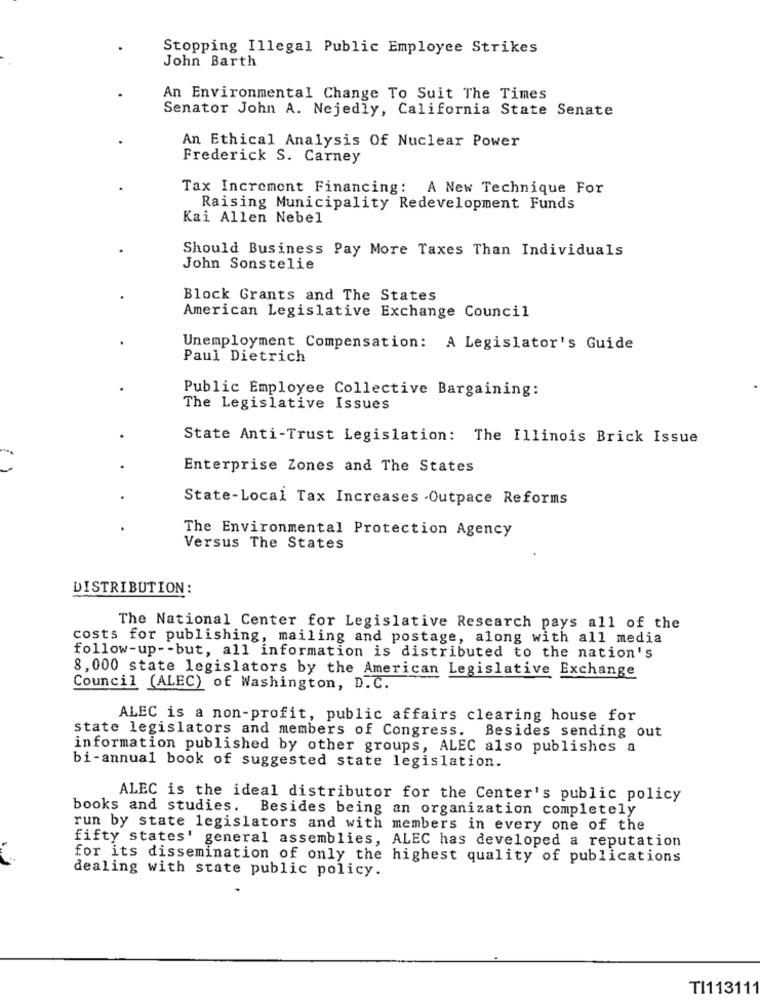
Stopping Illegal Public Employee Strikes
John Barth
An Environmental Change To Suit The Times
Senator John A. Nejedly, California State Senate
An Ethical Analysis Of Nuclear Power
Frederick S. Carney
Tax Increment Financing: A New Technique For
Raising Municipality Redevelopment Funds
Kai Allen Nebel
Should Business Pay More Taxes Than Individuals
John Sonstelie
Block Grants and The States
American Legislative Exchange Council
Unemployment Compensation: A Legislator's Guide
Paul Dietrich
Public Employee Collective Bargaining:
The Legislative Issues
State Anti-Trust Legislation: The Illinois Brick Issue
Enterprise Zones and The States
State-Local Tax Increases .Outpace Reforms
The Environmental Protection Agency
Versus The States
DISTRIBUTION:
The National Center for Legislative Research pays all of the
costs for publishing, mailing and postage, along with all media
follow-up -- but, all information is distributed to the nation's
8,000 state legislators by the American Legislative Exchange
Council (ALEC) of Washington, D.C.
ALEC is a non-profit, public affairs clearing house for
state legislators and members of Congress. Besides sending out
information published by other groups, ALEC also publishes a
bi-annual book of suggested state legislation.
ALEC is the ideal distributor for the Center's public policy
books and studies. Besides being an organization completely
run by state legislators and with members in every one of the
fifty states' general assemblies, ALEC has developed a reputation
for its dissemination of only the highest quality of publications
dealing with state public policy.
TI113111